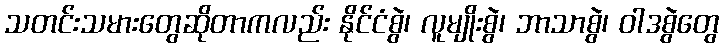
သတင်းသမားတွေဆိုတာကလည်း နိုင်ငံစွဲ၊ လူမျိုးစွဲ၊ ဘာသာစွဲ၊ ဝါဒစွဲတွေ